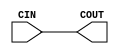
module CARRY_COUT_PLUG(input CIN, output COUT);
assign COUT = CIN;
  specify
    (CIN => COUT) = 0;
  endspecify
endmodule